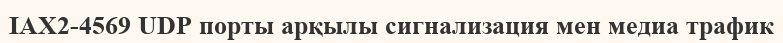
IAX2-4569 UDP порты арқылы сигнализация мен медиа трафик